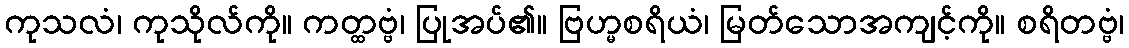
ကုသလံ၊ ကုသိုလ်ကို။ ကတ္ထဗ္ဗံ၊ ပြုအပ်၏။ ဗြဟ္မစရိယံ၊ မြတ်သောအကျင့်ကို။ စရိတဗ္ဗံ၊